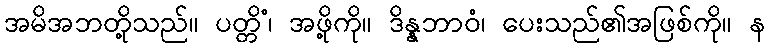
အမိအဘတို့သည်။ ပတ္တိံ၊ အဖို့ကို။ ဒိန္နဘာဝံ၊ ပေးသည်၏အဖြစ်ကို။ န